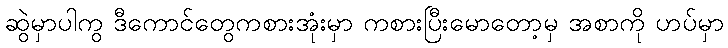
ဆွဲမှာပါကွ ဒီကောင်တွေကစားအုံးမှာ ကစားပြီးမောတော့မှ အစာကို ဟပ်မှာ